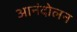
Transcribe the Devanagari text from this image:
आनंदोलन